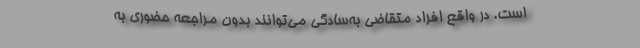
است. در واقع افراد متقاضی به‌سادگی می‌توانند بدون مراجعه حضوری به